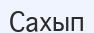
Сахып